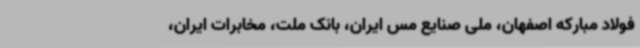
فولاد مبارکه اصفهان، ملی صنایع مس ایران، بانک ملت، مخابرات ایران،